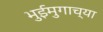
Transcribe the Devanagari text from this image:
भुईमुगाच्या